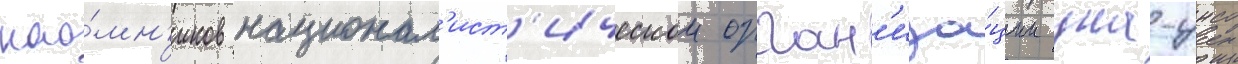
нао́мн'иков национал'ист'ическои орган'иза́ции уна-унсо